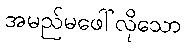
အမည်မဖေါ်လိုသော